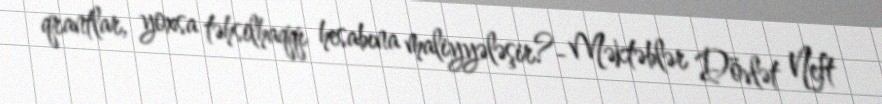
qrantlar, yoxsa təhsilhaqqı hesabına maliyyələşir?- Məktəblər Dövlət Neft